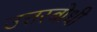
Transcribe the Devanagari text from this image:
उत्तरबोधी